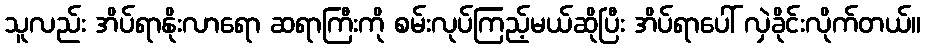
သူလည်း အိပ်ရာနိုးလာရော ဆရာကြီးကို စမ်းလုပ်ကြည့်မယ်ဆိုပြီး အိပ်ရာပေါ် လှဲခိုင်းလိုက်တယ်။